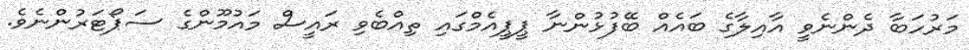
މަރުހަބާ ދެންނެވީ އާއިލާގެ ބައެއް ބޭފުޅުންނާ ޕީޕީއެމްގައި ތިއްބެވި ރައީސް މައުމޫންގެ ސަޕޯޓަރުންނެވެ.